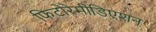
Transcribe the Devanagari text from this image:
फिटोरेमीडिएशन